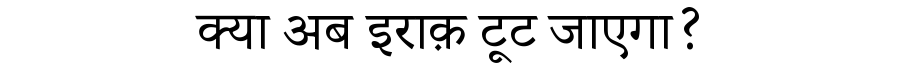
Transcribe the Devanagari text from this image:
क्या अब इराक़ टूट जाएगा?